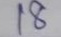
18